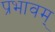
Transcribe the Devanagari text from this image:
प्रभावम्